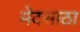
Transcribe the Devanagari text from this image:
मेदसाठा